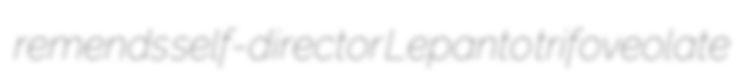
remends self-director Lepanto trifoveolate